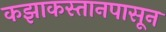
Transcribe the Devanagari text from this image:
कझाकस्तानपासून